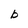
Character: b